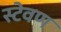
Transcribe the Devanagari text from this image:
स्टेवण